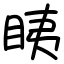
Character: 眱